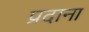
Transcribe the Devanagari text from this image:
प्रदाना